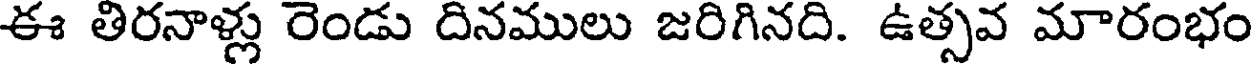
ఈ తిరనాళ్లు రెండు దినములు జరిగినది. ఉత్సవ మారంభం